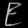
Digit: ၉